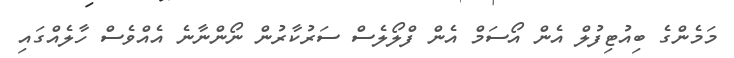
މަމެންގެ ބިއުޓިފުލް އެން އޯސަމް އެން ފްލޯލެސް ސަރުކާރުން ނޯންނާނެ އެއްވެސް ހާލެއްގައި